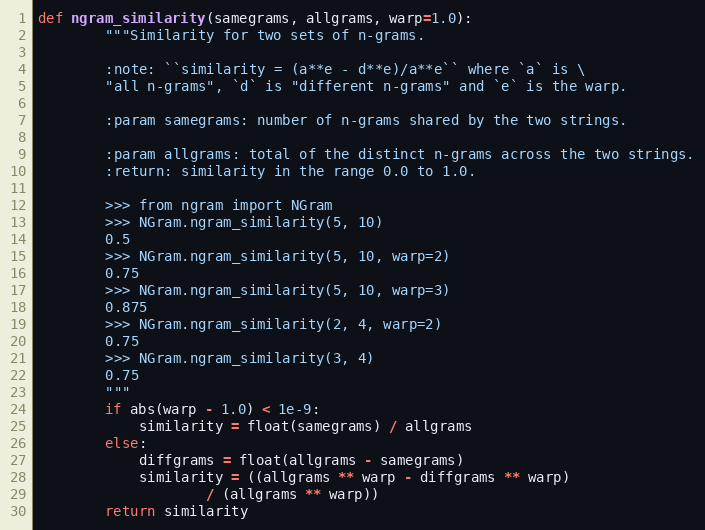
Language: Python
def ngram_similarity(samegrams, allgrams, warp=1.0):
        """Similarity for two sets of n-grams.

        :note: ``similarity = (a**e - d**e)/a**e`` where `a` is \
        "all n-grams", `d` is "different n-grams" and `e` is the warp.

        :param samegrams: number of n-grams shared by the two strings.

        :param allgrams: total of the distinct n-grams across the two strings.
        :return: similarity in the range 0.0 to 1.0.

        >>> from ngram import NGram
        >>> NGram.ngram_similarity(5, 10)
        0.5
        >>> NGram.ngram_similarity(5, 10, warp=2)
        0.75
        >>> NGram.ngram_similarity(5, 10, warp=3)
        0.875
        >>> NGram.ngram_similarity(2, 4, warp=2)
        0.75
        >>> NGram.ngram_similarity(3, 4)
        0.75
        """
        if abs(warp - 1.0) < 1e-9:
            similarity = float(samegrams) / allgrams
        else:
            diffgrams = float(allgrams - samegrams)
            similarity = ((allgrams ** warp - diffgrams ** warp)
                    / (allgrams ** warp))
        return similarity